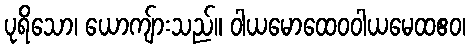
ပုရိသော၊ ယောကျ်ားသည်။ ဝါယမောထေဝဝါယမေထဧဝ၊